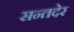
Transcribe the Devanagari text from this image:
सन्तदेर